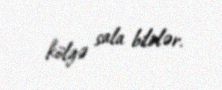
kölgə sala bilirlər.